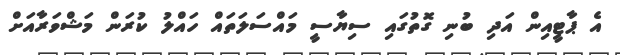
އެ ޕާޓީއިން އަދި ބުނި ގޮތުގައި ސިޔާސީ މައްސަލަތައް ހައްލު ކުރަން މަޝްވަރާއަށް